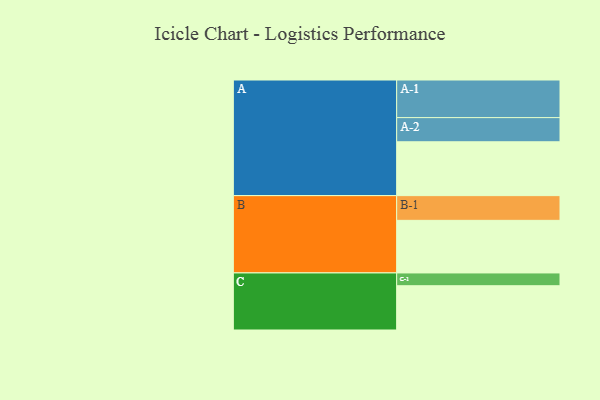
{"axis": {"x": "Segment", "y": "Value"}, "legend": ["", "A", "B", "C"], "data": [{"x": "A", "y": 388, "type": ""}, {"x": "B", "y": 379, "type": ""}, {"x": "C", "y": 319, "type": ""}, {"x": "A-1", "y": 271, "type": "A"}, {"x": "A-2", "y": 174, "type": "A"}, {"x": "B-1", "y": 178, "type": "B"}, {"x": "C-1", "y": 92, "type": "C"}]}